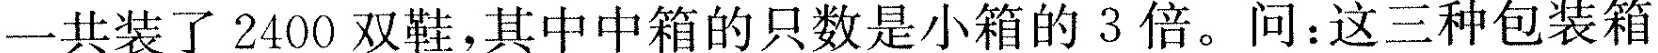
一共装了2400双鞋，其中中箱的只数是小箱的3倍。问：这三种包装箱